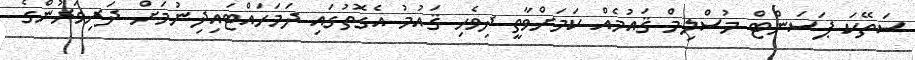
ސަތޭކަ ޕަސަންޓް މުސްލިމް ޤައުމެއް ކަމަށްވާތީ ދިވެހި ޤައުމު އެގޮތުގައި ދަމަހައްޓައިދިނުމަށް ދަރިވަރުންގެ